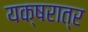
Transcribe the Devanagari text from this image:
यक्षरात्र